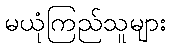
မယုံကြည်သူများ